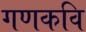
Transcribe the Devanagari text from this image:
गणकवि